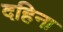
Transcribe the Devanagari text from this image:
दहिना